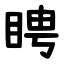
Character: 䀻